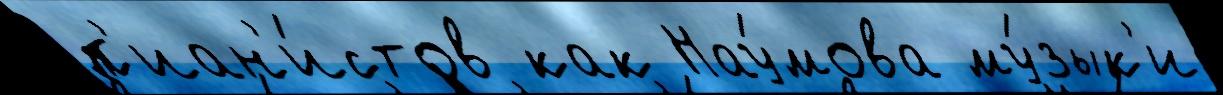
п'иан'и́стов как Нау́мова му́зык'и